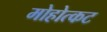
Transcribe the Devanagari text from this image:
मोहोत्कट